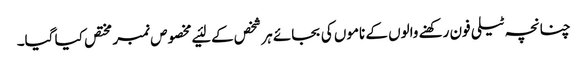
چنانچہ ٹیلی فون رکھنے والوں کے ناموں کی بجائے ہر شخص کے لئیے مخصوص نمبر مختص کیا گیا۔